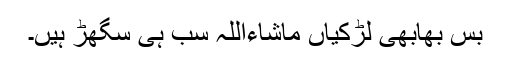
بس بھابھی لڑکیاں ماشاءاللہ سب ہی سگھڑ ہیں۔